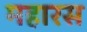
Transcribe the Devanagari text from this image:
महारस